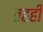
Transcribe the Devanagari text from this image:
तहही